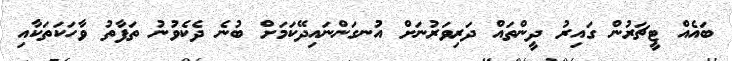
ބައެއް ޓީޗަރުން ގައިރު ދީންތައް ދަރިވަރުނަށް އުނގަންނައިދޭކަމަށް ބުނެ ދެކެވުނު ތަފާތު ވާހަކަތަކާއި